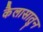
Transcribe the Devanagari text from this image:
कैलासातुन